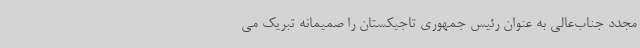
مجدد جناب‌عالی به عنوان رئیس جمهوری تاجیکستان را صمیمانه تبریک می